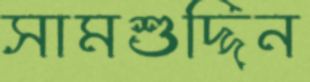
সামশুদ্দিন